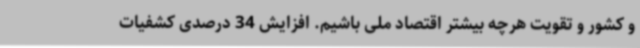
و کشور و تقویت هرچه بیشتر اقتصاد ملی باشیم. افزایش 34 درصدی کشفیات